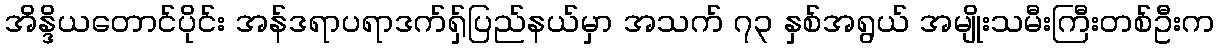
အိန္ဒိယတောင်ပိုင်း အန်ဒရာပရာဒက်ရှ်ပြည်နယ်မှာ အသက် ၇၃ နှစ်အရွယ် အမျိုးသမီးကြီးတစ်ဦးက